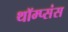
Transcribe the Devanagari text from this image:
थॉम्प्संस